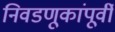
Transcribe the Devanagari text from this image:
निवडणूकांपूर्वी